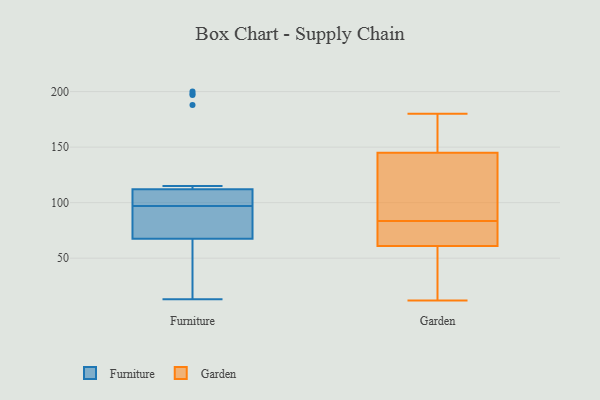
{"axis": {"x": "Satisfaction Score", "y": "Value"}, "legend": ["Furniture", "Garden"], "data": [{"x": "", "y": 198, "type": "Furniture"}, {"x": "", "y": 68, "type": "Furniture"}, {"x": "", "y": 98, "type": "Furniture"}, {"x": "", "y": 108, "type": "Furniture"}, {"x": "", "y": 75, "type": "Furniture"}, {"x": "", "y": 101, "type": "Furniture"}, {"x": "", "y": 197, "type": "Furniture"}, {"x": "", "y": 109, "type": "Furniture"}, {"x": "", "y": 67, "type": "Furniture"}, {"x": "", "y": 13, "type": "Furniture"}, {"x": "", "y": 97, "type": "Furniture"}, {"x": "", "y": 51, "type": "Furniture"}, {"x": "", "y": 188, "type": "Furniture"}, {"x": "", "y": 93, "type": "Furniture"}, {"x": "", "y": 200, "type": "Furniture"}, {"x": "", "y": 97, "type": "Furniture"}, {"x": "", "y": 26, "type": "Furniture"}, {"x": "", "y": 115, "type": "Furniture"}, {"x": "", "y": 21, "type": "Furniture"}, {"x": "", "y": 81, "type": "Furniture"}, {"x": "", "y": 139, "type": "Garden"}, {"x": "", "y": 105, "type": "Garden"}, {"x": "", "y": 27, "type": "Garden"}, {"x": "", "y": 167, "type": "Garden"}, {"x": "", "y": 152, "type": "Garden"}, {"x": "", "y": 180, "type": "Garden"}, {"x": "", "y": 59, "type": "Garden"}, {"x": "", "y": 30, "type": "Garden"}, {"x": "", "y": 151, "type": "Garden"}, {"x": "", "y": 85, "type": "Garden"}, {"x": "", "y": 63, "type": "Garden"}, {"x": "", "y": 82, "type": "Garden"}, {"x": "", "y": 72, "type": "Garden"}, {"x": "", "y": 70, "type": "Garden"}, {"x": "", "y": 135, "type": "Garden"}, {"x": "", "y": 12, "type": "Garden"}]}